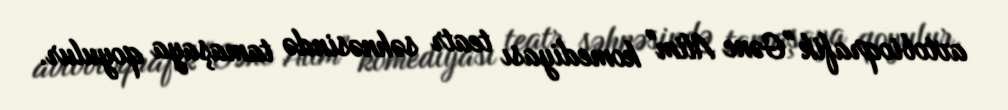
avtobioqrafik "Gənc Alim" komediyası teatr səhnəsində tamaşaya qoyulur.